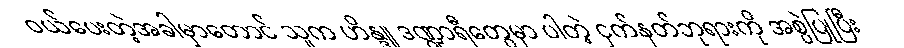
ဝယ်ပေးတဲ့အခါမှာတောင် သူက ဟိန္ဒူ ဒဏ္ဍာရီတွေမှာ ပါတဲ့ ငှက်နတ်ဘုရားကို အစွဲပြုပြီး